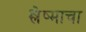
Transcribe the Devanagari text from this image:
श्लेष्माचा